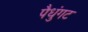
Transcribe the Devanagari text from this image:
पैधुंगट